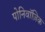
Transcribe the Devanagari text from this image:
पोनिवॉज़िक